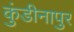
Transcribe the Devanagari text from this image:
कुंडीनापुर